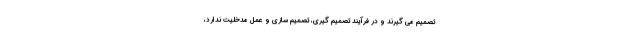
تصمیم می گیرند و در فرآیند تصمیم گیری، تصمیم سازی و عمل مدخلیت ندارد،